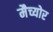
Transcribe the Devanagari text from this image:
मैच्योर